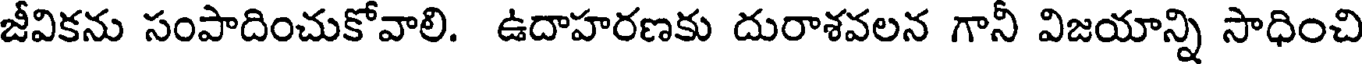
జీవికను సంపాదించుకోవాలి. ఉదాహరణకు దురాశవలన గానీ విజయాన్ని సాధించి